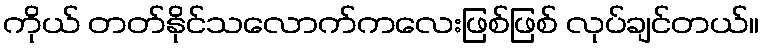
ကိုယ် တတ်နိုင်သလောက်ကလေးဖြစ်ဖြစ် လုပ်ချင်တယ်။